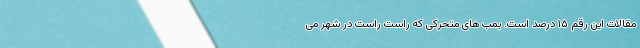
مقالات این رقم ۱۵ درصد است. بمب های متحرکی که راست راست در شهر می